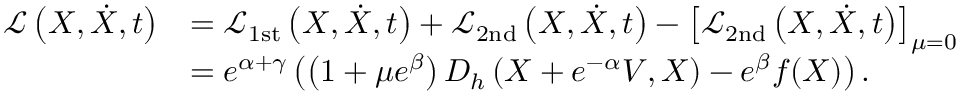
\begin{array} { r l } { \mathcal { L } \left( X , \dot { X } , t \right) } & { = \mathcal { L } _ { \mathrm { 1 s t } } \left( X , \dot { X } , t \right) + \mathcal { L } _ { \mathrm { 2 n d } } \left( X , \dot { X } , t \right) - \left[ \mathcal { L } _ { \mathrm { 2 n d } } \left( X , \dot { X } , t \right) \right] _ { \mu = 0 } } \\ & { = e ^ { \alpha + \gamma } \left( \left( 1 + \mu e ^ { \beta } \right) D _ { h } \left( X + e ^ { - \alpha } V , X \right) - e ^ { \beta } f ( X ) \right) . } \end{array}